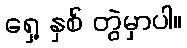
ရှေ့ နှစ် တွဲမှာပါ။